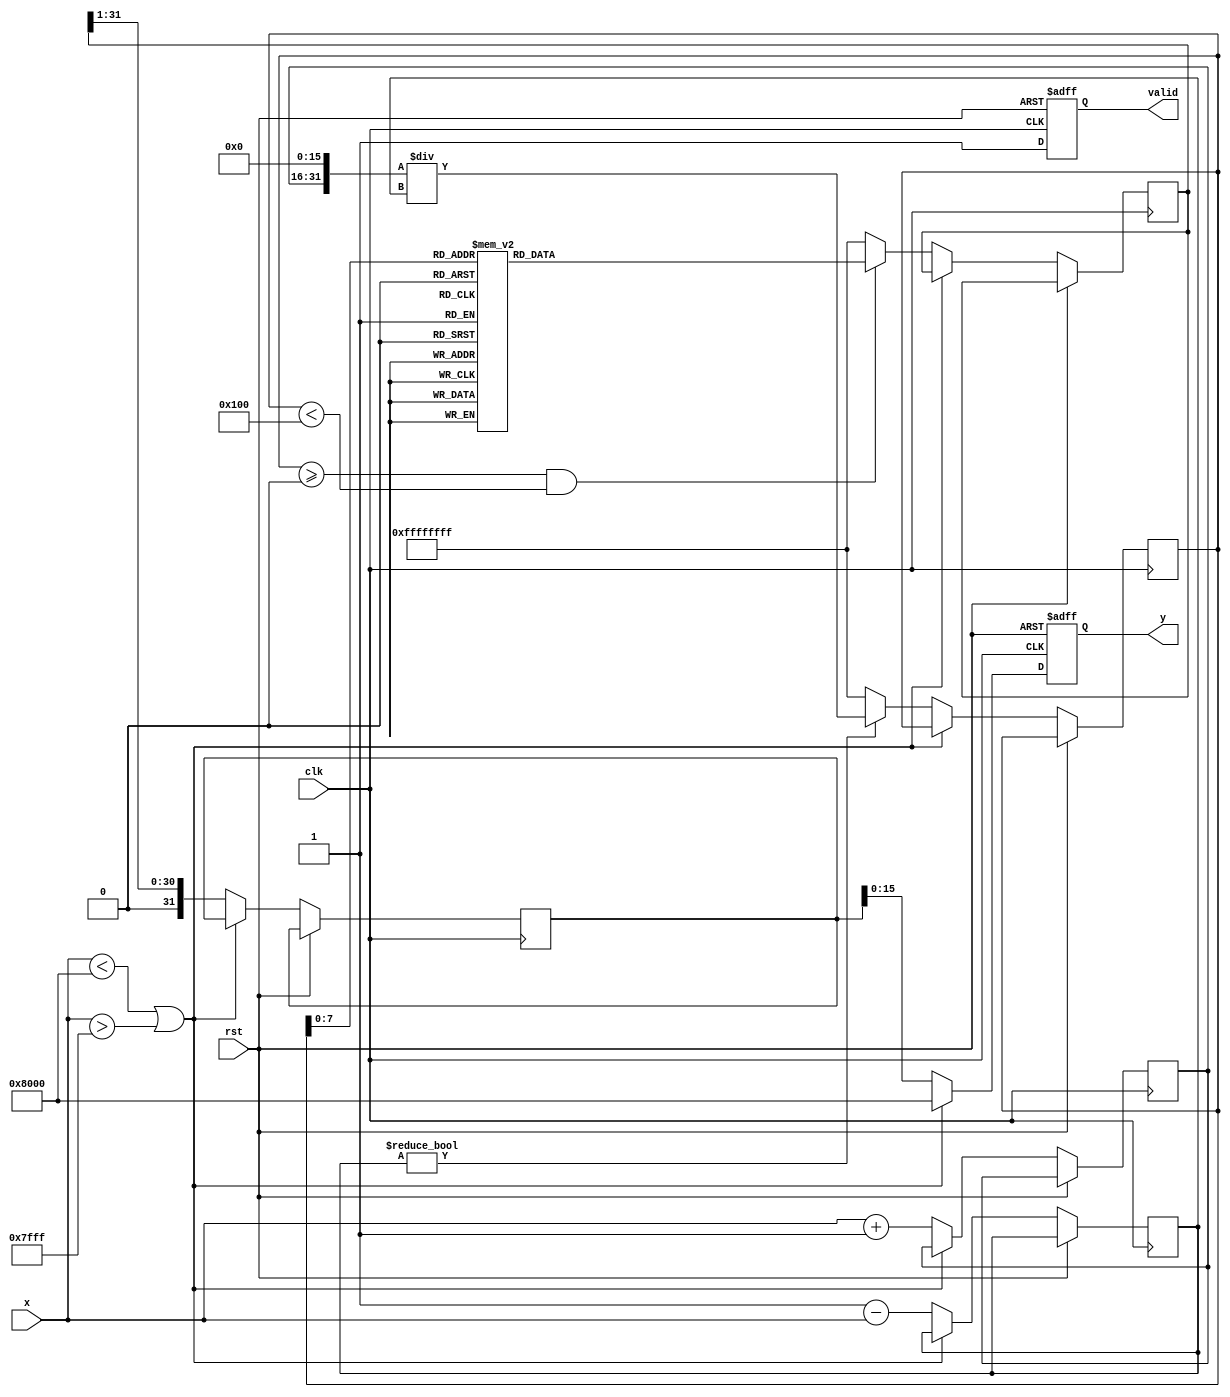
module atanh (
    input wire signed [15:0] x,  // Input: Fixed-point representation of x in range (-1, 1)
    output reg signed [15:0] y,   // Output: Fixed-point representation of atanh(x)
    input wire clk,
    input wire rst,
    output reg valid               // Output valid signal
);

    // Internal signals
    reg signed [15:0] num;        // Numerator (1 + x)
    reg signed [15:0] den;        // Denominator (1 - x)
    reg signed [31:0] div_result; // Division result (1 + x) / (1 - x)
    reg signed [31:0] log_result; // Logarithm result
    reg signed [31:0] scaled_result; // Scaled result (1/2 * ln(...))

    // Lookup table for logarithm approximation (for demonstration purposes)
    reg signed [31:0] log_table [0:255]; // Logarithm lookup table
    initial begin
        // Initialize logarithm lookup table with some values
        // These values should be pre-computed for the range of inputs
        // For example: log_table[0] = 0, log_table[1] = ln(2), etc.
        // Fill the table with appropriate values
        // log_table[0] = 0; log_table[1] = 693; // ln(2) in fixed-point format (Q15)
        // ...
    end

    // Input Validation
    always @(posedge clk or posedge rst) begin
        if (rst) begin
            y <= 0;
            valid <= 0;
        end else begin
            if (x < -16'h8000 || x > 16'h7FFF) begin // Check if x is out of range
                y <= 16'h8000; // Error value (e.g., saturation)
                valid <= 1;
            end else begin
                // Compute numerator and denominator
                num <= x + 16'h0001; // 1 + x
                den <= 16'h0001 - x; // 1 - x
                
                // Perform division
                if (den != 0) begin
                    div_result <= (num << 16) / den; // Fixed-point division
                end else begin
                    div_result <= 32'hFFFFFFFF; // Handle division by zero
                end
                
                // Lookup for logarithm
                if (div_result >= 0 && div_result < 256) begin
                    log_result <= log_table[div_result]; // Get log from table
                end else begin
                    log_result <= 32'hFFFFFFFF; // Handle out of bounds
                end
                
                // Scale the result
                scaled_result <= log_result >> 1; // Divide by 2
                
                // Assign output
                y <= scaled_result[15:0]; // Output the lower 16 bits
                valid <= 1; // Set valid output
            end
        end
    end
endmodule